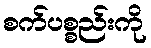
စက်ပစ္စည်းကို